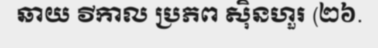
ឆាយ វីកាល ប្រភព ស៊ិនហួរ (២៦.